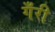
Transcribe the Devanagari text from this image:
गँरी